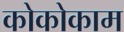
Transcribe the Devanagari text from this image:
कोकोकाम